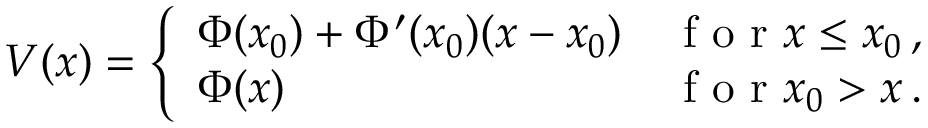
\begin{array} { r } { V ( x ) = \left\{ \begin{array} { l l } { \Phi ( x _ { 0 } ) + \Phi ^ { \prime } ( x _ { 0 } ) ( x - x _ { 0 } ) } & { \mathrm { ~ f ~ o ~ r ~ } x \leq x _ { 0 } \, , } \\ { \Phi ( x ) } & { \mathrm { ~ f ~ o ~ r ~ } x _ { 0 } > x \, . } \end{array} \right. } \end{array}